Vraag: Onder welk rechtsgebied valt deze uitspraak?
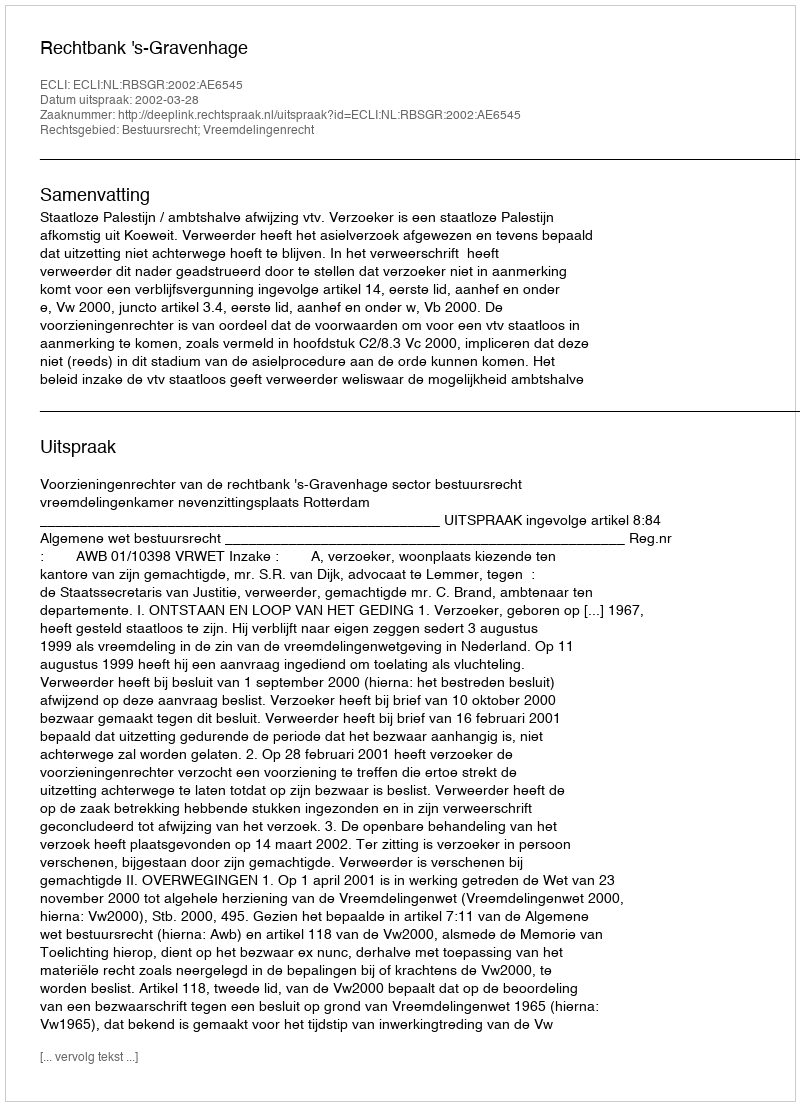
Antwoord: Bestuursrecht; Vreemdelingenrecht